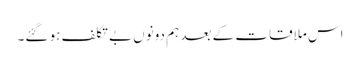
اس ملاقات کے بعد ہم دونوں بے تکلف ہو گئے۔